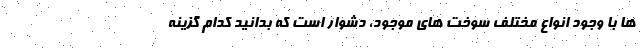
ها با وجود انواع مختلف سوخت های موجود، دشوار است که بدانید کدام گزینه